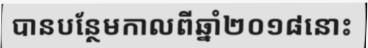
បានបន្ថែមកាលពីឆ្នាំ២០១៨នោះ